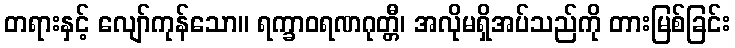
တရားနှင့် လျော်ကုန်သော။ ရက္ခာဝရဏဂုတ္တီ၊ အလိုမရှိအပ်သည်ကို တားမြစ်ခြင်း